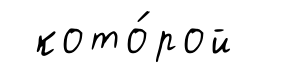
кото́рой